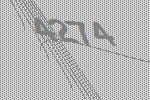
4274